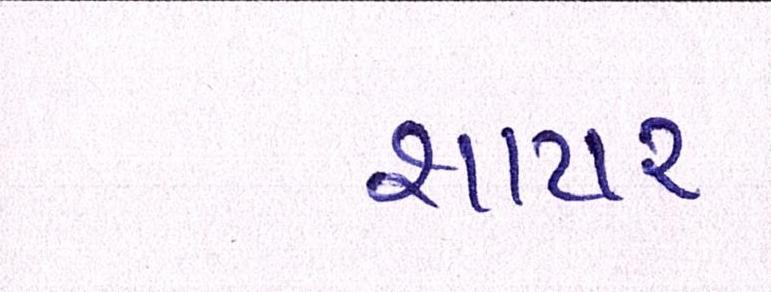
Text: શાયર